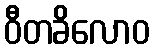
ဝီတခိလောဝ